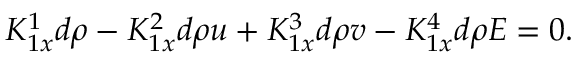
K _ { 1 x } ^ { 1 } d \rho - K _ { 1 x } ^ { 2 } d \rho u + K _ { 1 x } ^ { 3 } d \rho v - K _ { 1 x } ^ { 4 } d \rho E = 0 .